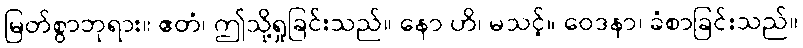
မြတ်စွာဘုရား။ ဧတံ၊ ဤသို့ရှုခြင်းသည်။ နော ဟိ၊ မသင့်။ ဝေဒနာ၊ ခံစာခြင်းသည်။